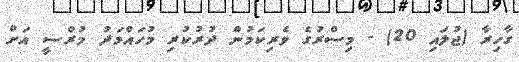
ގާހިރާ (ޖުލައި 20) - މިސްރުގެ ވެރިކަމުން ދުރުކުރި މުހައްމަދު މުރްސީ އަށް